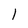
Character: l